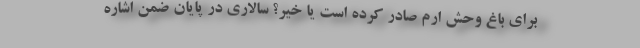
برای باغ‌ وحش ارم صادر کرده است یا خیر؟ سالاری در پایان ضمن اشاره